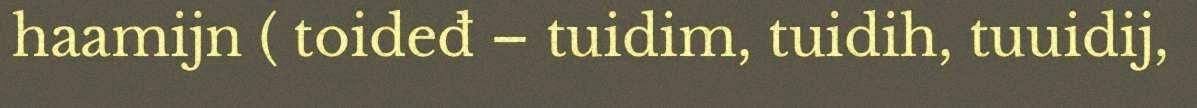
haamijn ( toideđ – tuidim, tuidih, tuuidij,